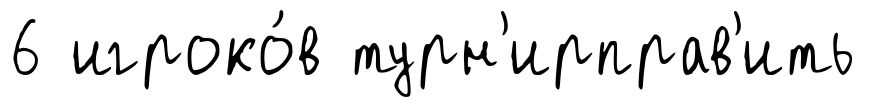
6 игроко́в турн'ирправ'ить